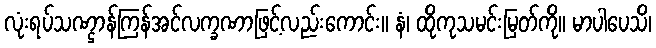
လုံးရပ်သဏ္ဌာန်ကြန်အင်လက္ခဏာဖြင့်လည်းကောင်း။ နံ၊ ထိုကုသမင်းမြတ်ကို။ မာပါပေသိ၊